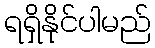
ရရှိနိုင်ပါမည်